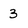
Character: 3